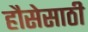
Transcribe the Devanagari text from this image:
हौसेसाठी